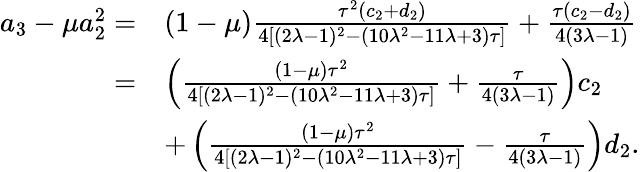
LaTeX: \begin{array}{rl}{a_{3}-\mu a_{2}^{2}=}&{(1-\mu)\frac{\tau^{2}(c_{2}+d_{2})}{4\left[(2\lambda-1)^{2}-(10\lambda^{2}-11\lambda+3)\tau\right]}+\frac{\tau(c_{2}-d_{2})}{4(3\lambda-1)}}\\ {=}&{\left(\frac{(1-\mu)\tau^{2}}{4\left[(2\lambda-1)^{2}-(10\lambda^{2}-11\lambda+3)\tau\right]}+\frac{\tau}{4(3\lambda-1)}\right)c_{2}}\\ &{+\left(\frac{(1-\mu)\tau^{2}}{4\left[(2\lambda-1)^{2}-(10\lambda^{2}-11\lambda+3)\tau\right]}-\frac{\tau}{4(3\lambda-1)}\right)d_{2}.}\end{array}